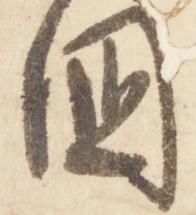
国